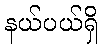
နယ်ပယ်ရှိ